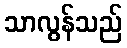
သာလွန်သည်